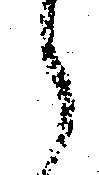
御